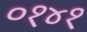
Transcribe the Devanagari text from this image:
०१४१